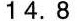
14.8